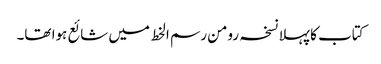
کتاب کا پہلا نسخہ رومن رسم الخط میں شائع ہوا تھا۔